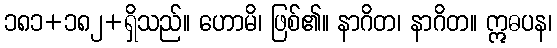
၁၈၁+၁၈၂+ရှိသည်။ ဟောမိ၊ ဖြစ်၏။ နာဂိတ၊ နာဂိတ။ ဣဓပန၊